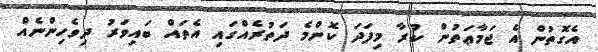
އެގޮތުން އެ ޖަމާޢަތުން ކުރާ މިފަދަ ކޮންމެ ދަތުރެއްގައި އެތައް ބައިވަރު ދިވެހިންނެއް